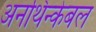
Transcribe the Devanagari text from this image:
अनथिन्केबल